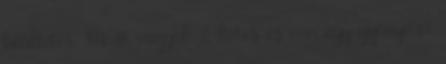
beültetés. Most vagyok 6 hetes és van egy gyönyörű